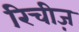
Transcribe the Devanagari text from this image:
रिचीज़